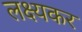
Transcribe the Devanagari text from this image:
लक्ष्यकर